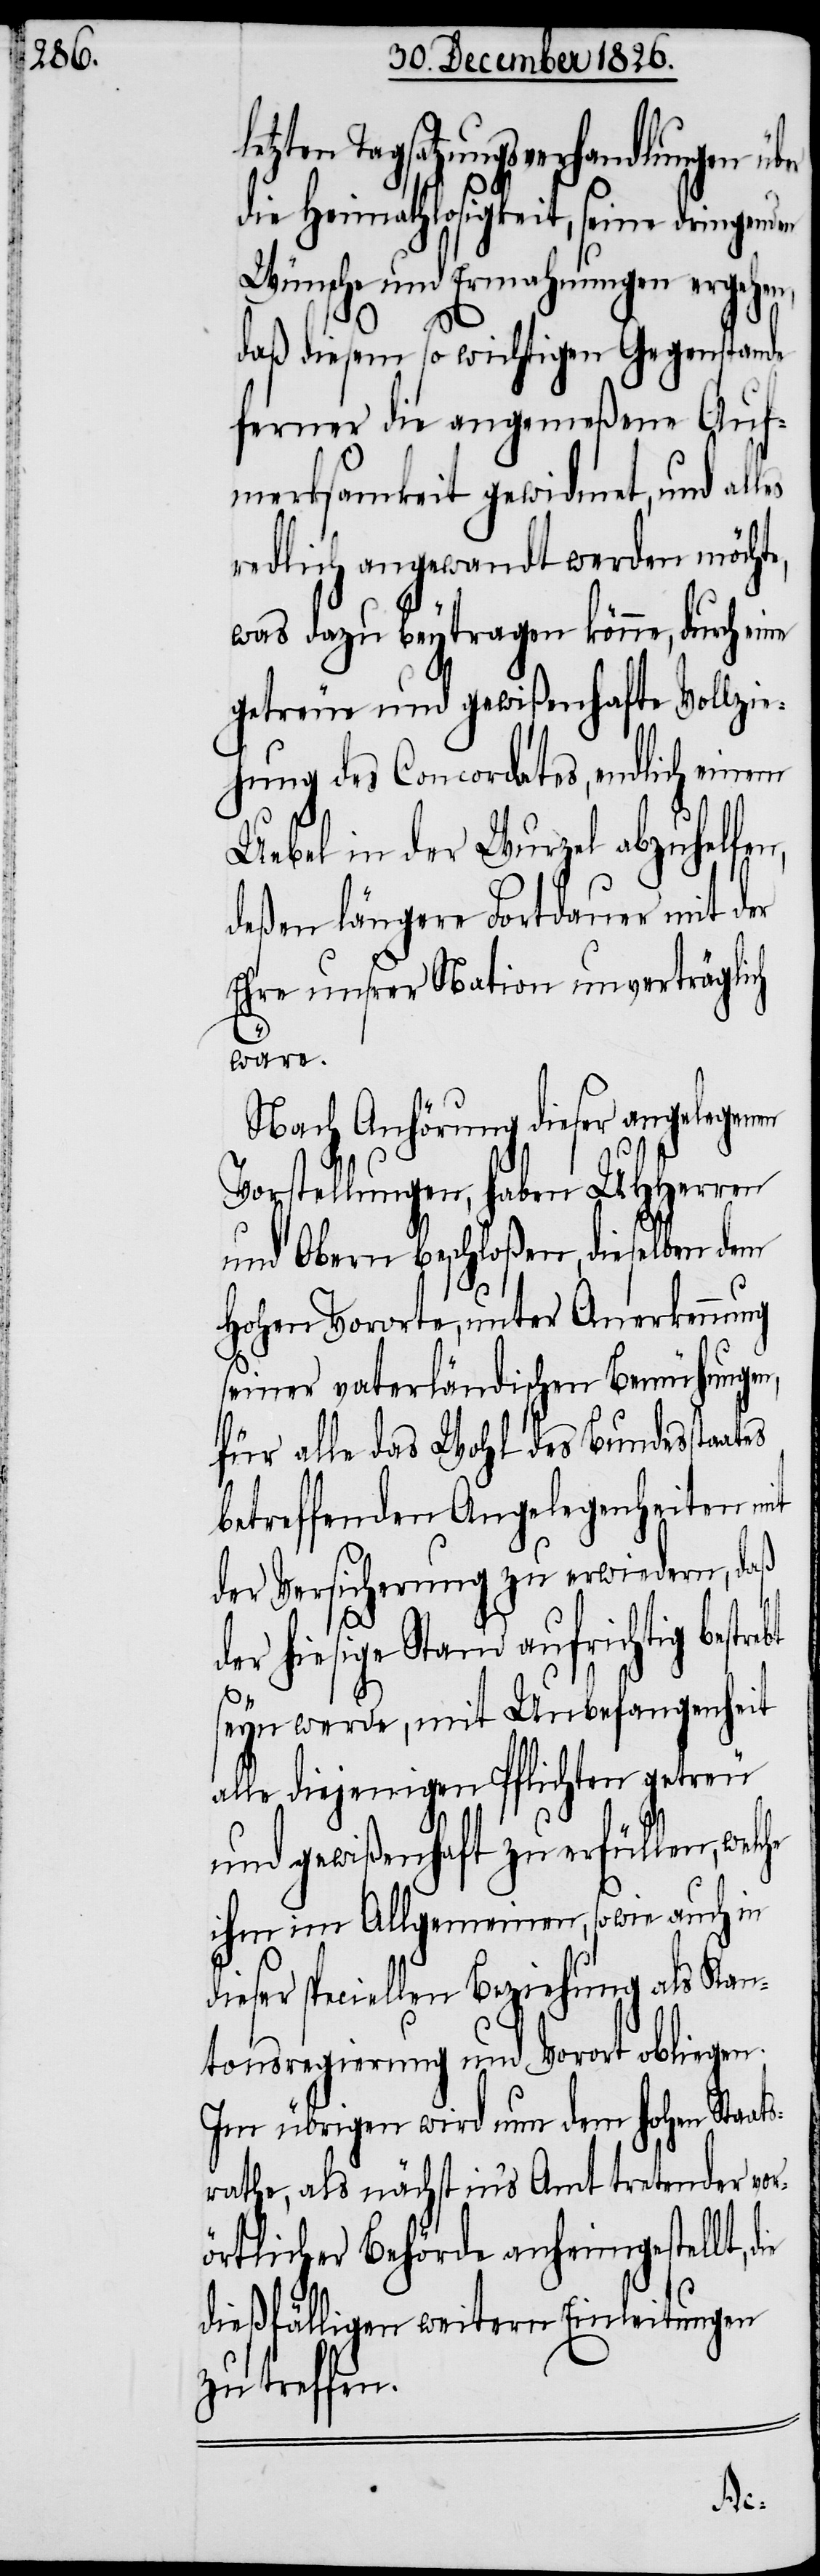
etzten Tagsatzungsverhandlungen über
die Heimathlosigkeit, seine dringenden
Wünsche und Ermahnungen ergehen,
ebt
daß diesem so wichtigen Gegenstande
ferner die angemeßene Auf¬
merksamkeit gewidmet, und al¬
redlich angewandt werden möcht¬
was dazu beytragen könne, durch eine
getreue und gewißenhafte Vollzie¬
hung des Concordates, endlich einem
Uebel in der Wurzel abzuhelfen,
deßen längere Fortdauer mit der
Ehre unsrer Nation unverträglich
wäre.
Nach Anhörung dieser angelegenen
rstellungen, haben UHHerren
und Obern beschloßen, dieselben dem
hohen Vororte, unter Anerkennung
seiner vaterländischen Bemühungen,
für alle das Wohl des Bundesstaates
betreffenden Angelegenheiten mit
der Versicherung zu erwiedern, daß
r hiesige Stand aufrichtig bestr¬
seyn werde, mit Unbefangenheit
alle diejenigen Pflichten getreu
und gewißenhaft zu erfüllen, wel¬
ihm im Allgemeinen, sowie auch in
dieser speciellen Beziehung als Kan¬
tonsregierung und Vorort obliegen.
Im übrigen wird nun dem hohen Staat¬
srathe, als nächst in’s Amt tretender vor¬
örtlicher Behörde anheimgestellt,
dießfälligen weitern Einleitungen
zu treffen.
che